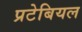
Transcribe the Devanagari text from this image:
प्रटेबियल